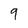
Character: 9